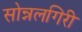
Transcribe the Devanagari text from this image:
सोन्नलगिरी